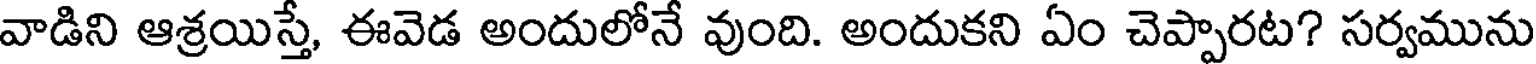
వాడిని ఆశ్రయిస్తే, ఈవెడ అందులోనే వుంది. అందుకని ఏం చెప్పారట? సర్వమును